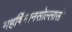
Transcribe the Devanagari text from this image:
महर्षिमानसोल्लासो